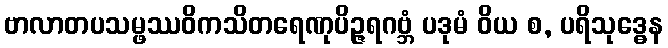
ဗာလာတပသမ္ဖဿဝိကသိတရေဏုပိဉ္ဇရဂဗ္ဘံ ပဒုမံ ဝိယ စ, ပရိသုဒ္ဓေန